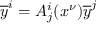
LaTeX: { \overline { { y } } } ^ { i } = A _ { j } ^ { i } ( x ^ { \nu } ) { \overline { { y } } } ^ { j }